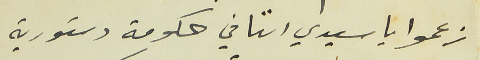
زعموا ياسيدي اننا في حكومة دستورية